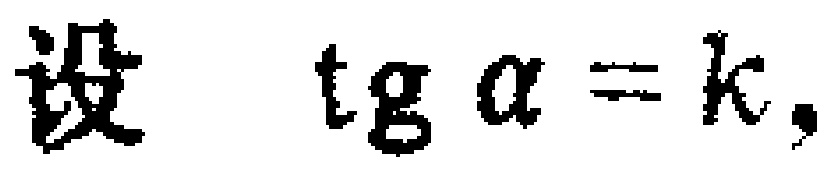
设 $\operatorname{tg} \alpha=k,$